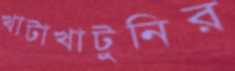
খাটাখাটুনির